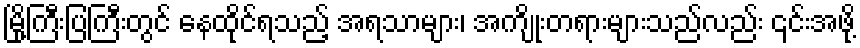
မြို့ကြီးပြကြီးတွင် နေထိုင်ရသည့် အရသာများ၊ အကျိုးတရားများသည်လည်း ၎င်းအဖို့